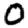
Digit: 0